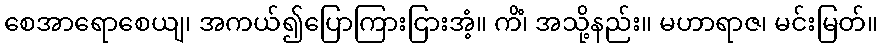
စေအာရောစေယျ၊ အကယ်၍ပြောကြားငြားအံ့။ ကိံ၊ အသို့နည်း။ မဟာရာဇ၊ မင်းမြတ်။